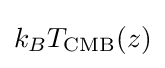
k_{B}T_{\text{CMB}}(z)